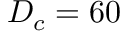
D _ { c } = 6 0